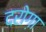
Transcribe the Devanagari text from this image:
दरोग़ा